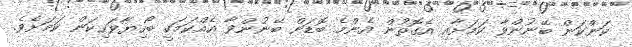
ކަންކަން ބޭނުންވާ ކަމަށާއި އެގޮތުން އެންމެ ބޮޑަށް ބޭނުންވާ އެއްކަމަކީ ބޯހިޔާވަހިކަން ކަމަށެވެ.